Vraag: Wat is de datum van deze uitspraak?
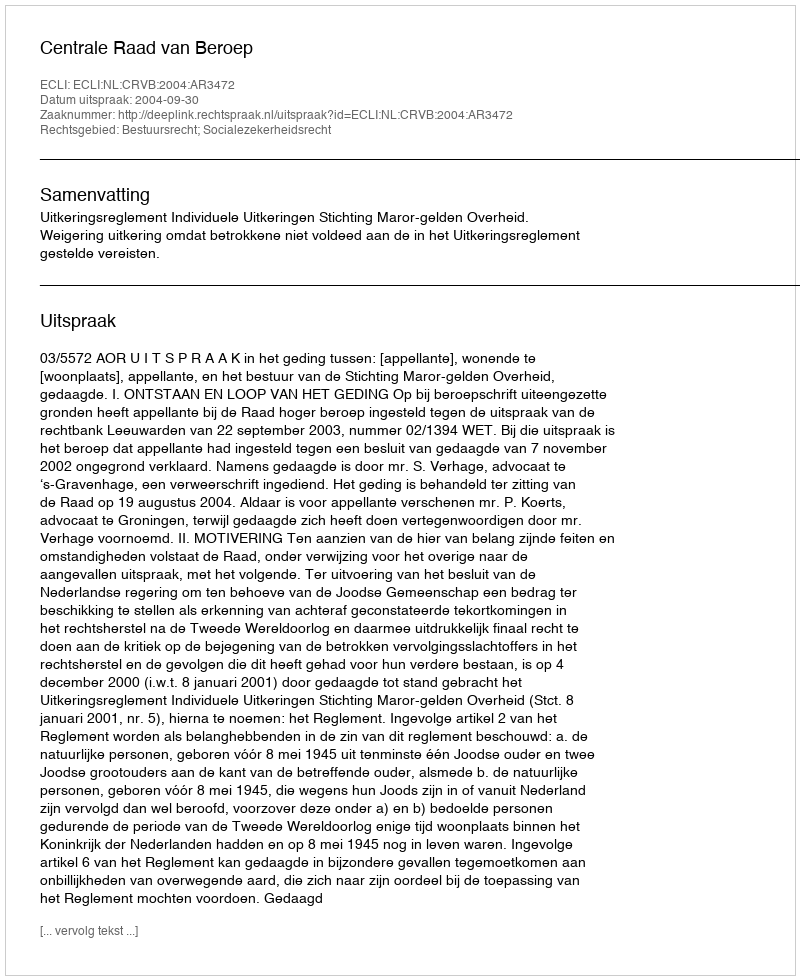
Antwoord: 2004-09-30